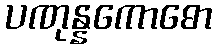
ပဏုန္နကောဓော